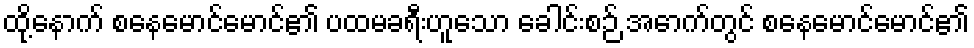
ထို့နောက် စနေမောင်မောင်၏ ပထမခရီးဟူသော ခေါင်းစဉ် အောက်တွင် စနေမောင်မောင်၏